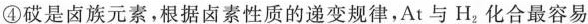
④砹是卤族元素，根据卤素性质的递变规律，At与H_{2}化合最容易